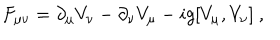
LaTeX: F _ { \mu \nu } = \partial _ { \mu } V _ { \nu } - \partial _ { \nu } V _ { \mu } - i g [ V _ { \mu } , V _ { \nu } ] \ ,